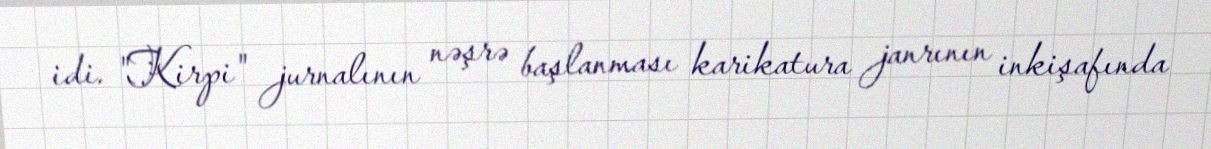
idi. "Kirpi" jurnalının nəşrə başlanması karikatura janrının inkişafında